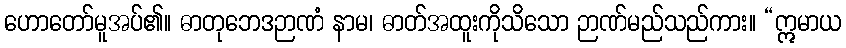
ဟောတော်မူအပ်၏။ ဓာတုဘေဒဉာဏံ နာမ၊ ဓာတ်အထူးကိုသိသော ဉာဏ်မည်သည်ကား။ “ဣမာယ